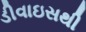
ડીવાઇસથી